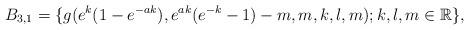
LaTeX: \begin{align*} B_{3,1}=\{g(e^{k}(1-e^{-ak}),e^{ak}(e^{-k}-1)-m,m,k,l,m); k,l,m \in \mathbb R\}, \end{align*}